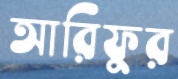
আরিফুর